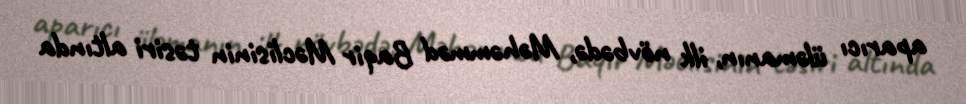
aparıcı üləmanın, ilk növbədə, Məhəmməd Baqir Məclisinin təsiri altında